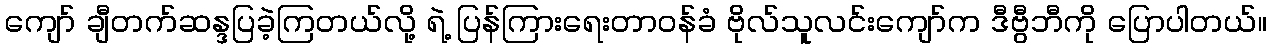
ကျော် ချီတက်ဆန္ဒပြခဲ့ကြတယ်လို့ ရဲ့ ပြန်ကြားရေးတာဝန်ခံ ဗိုလ်သူလင်းကျော်က ဒီဗွီဘီကို ပြောပါတယ်။